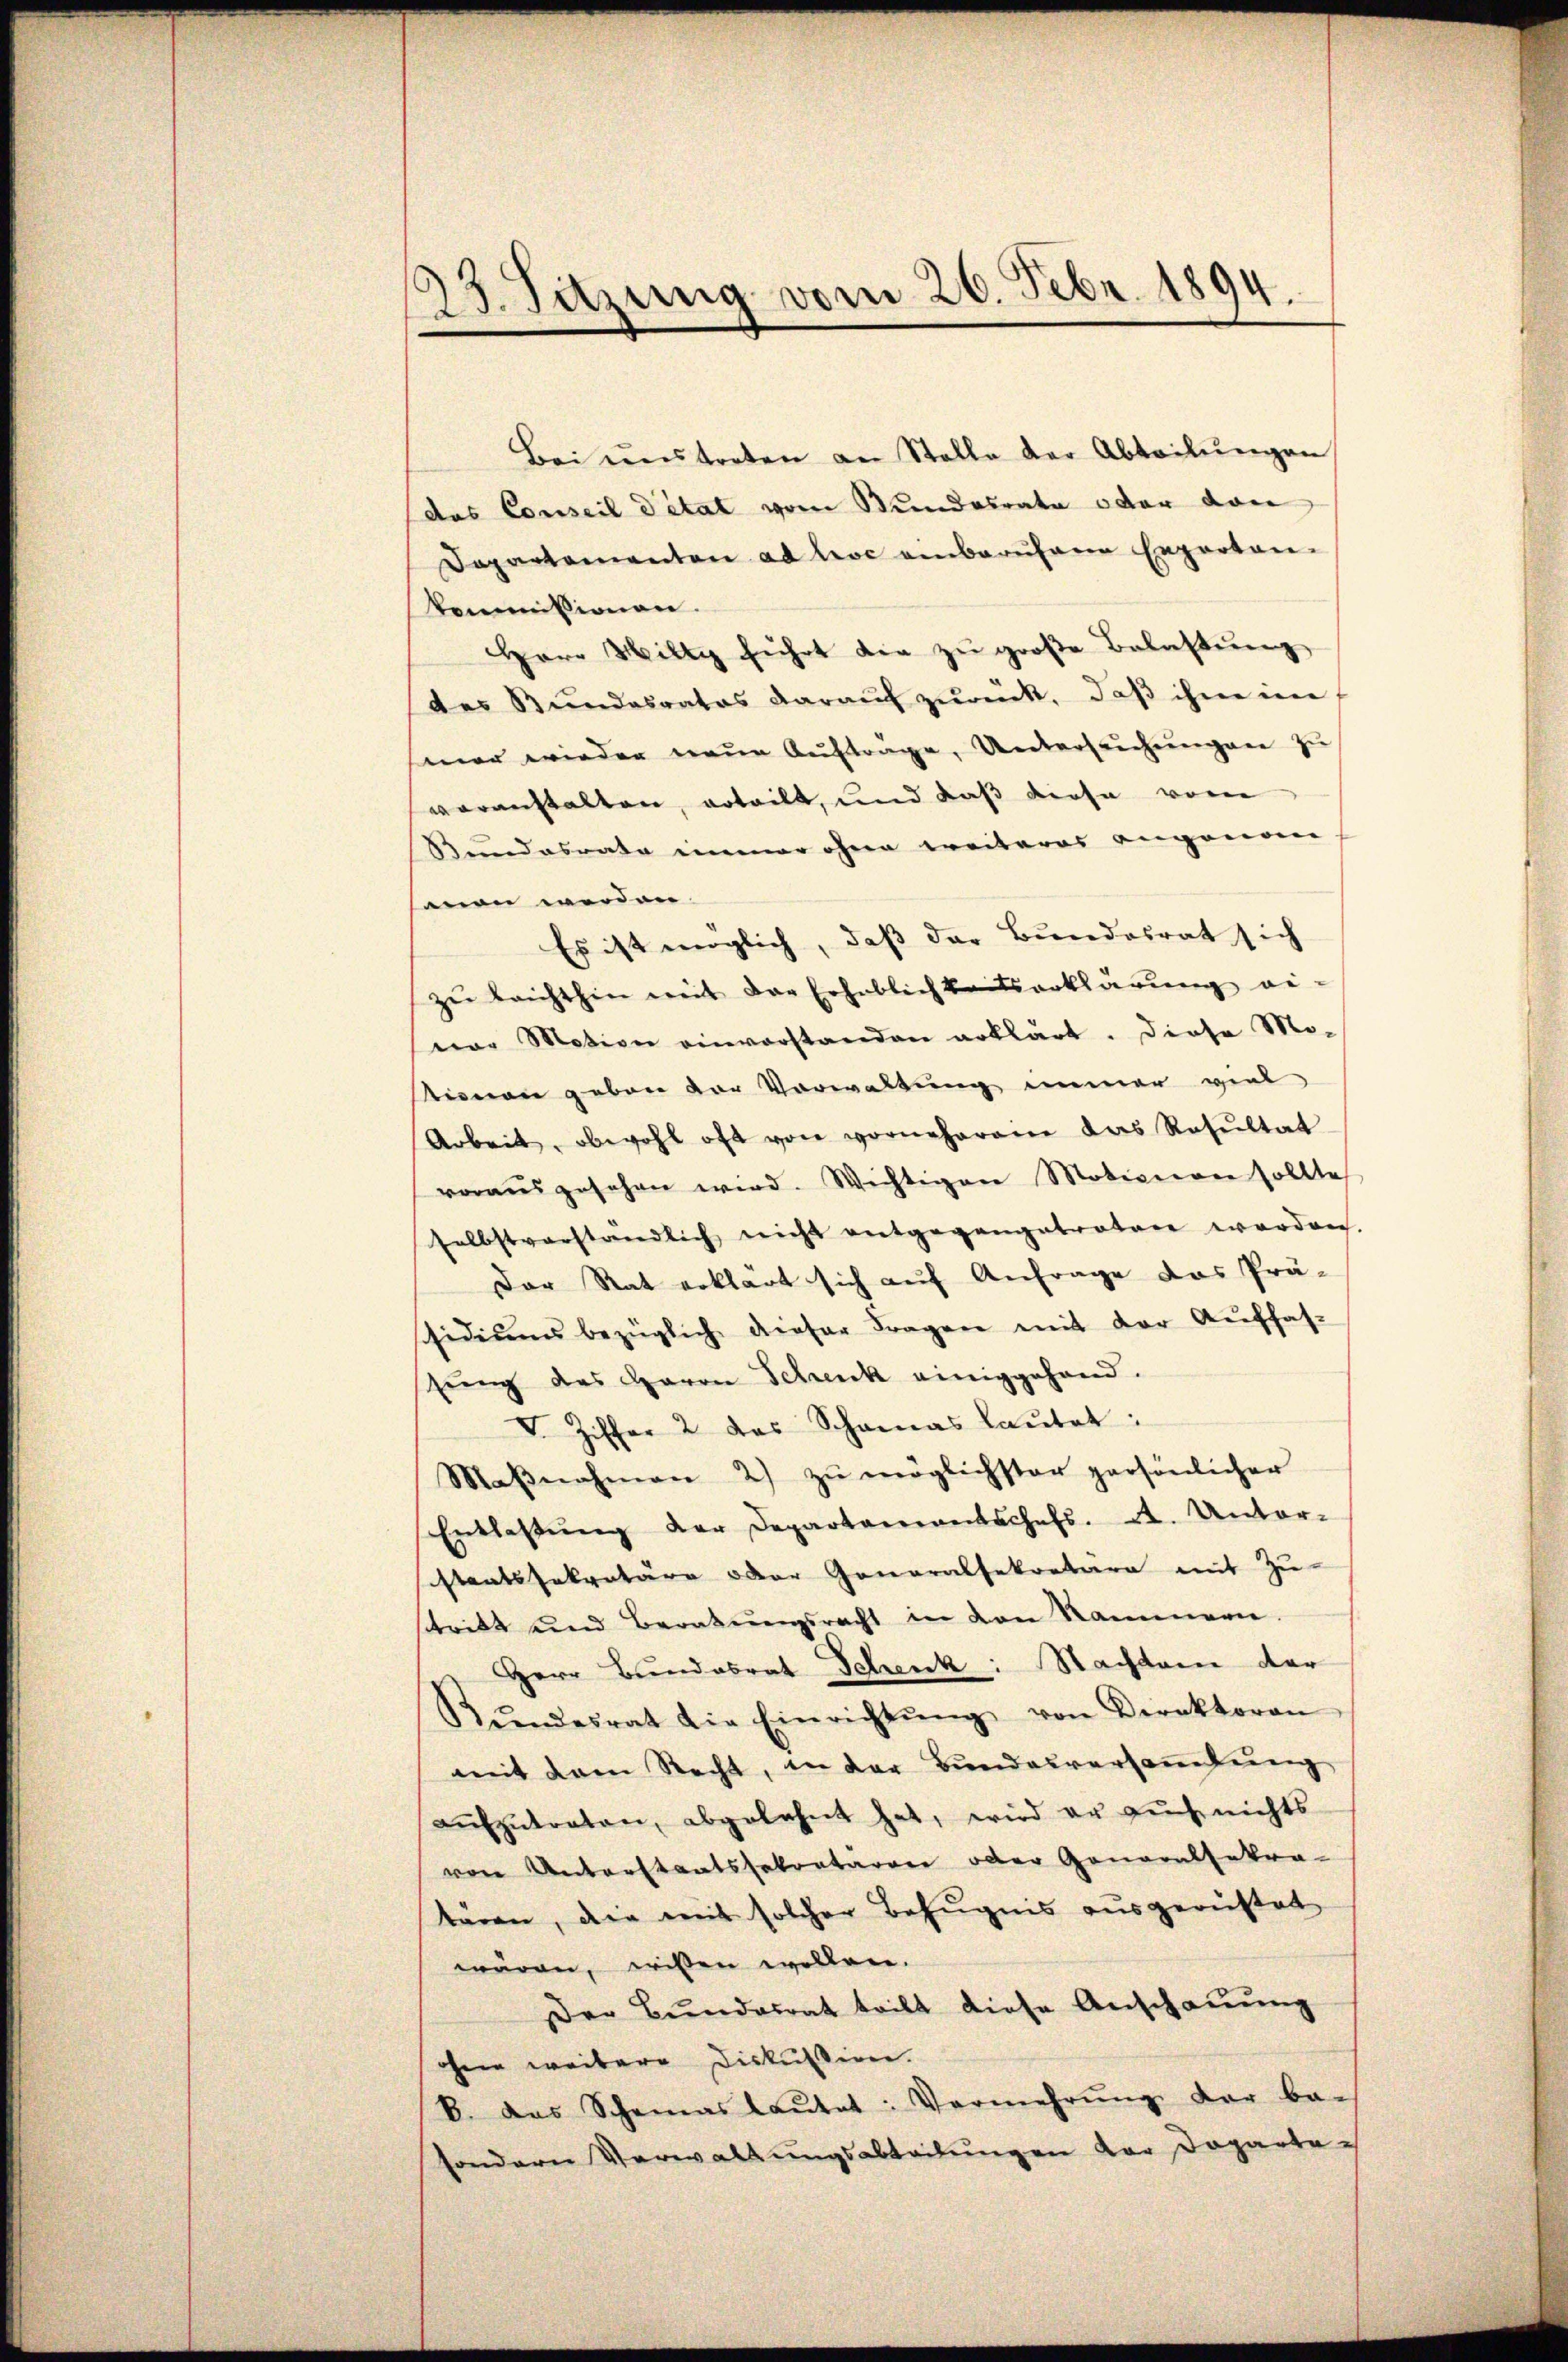
23. Sitzung vom 26. Febr. 1894.

Bei einstreten an Stelle der Abteilŭngen
das Conseil détat vom Bundesrate oder von
Dapartementen ad hoc anberufene Experten-
kommißionen.
Herr Willig führt die zŭ groβe Belastŭng
des Bŭndesrates darauf zurück, daβ ihne im
mar wieder neue Auftrage, Unterleichungen zu
voranstalten, erteilt, und daß diese vom
Bundesrate immer ohne weiteres angenom
mon werden.
Es ist möglich, daß der Bundesrat sich
zu brichthin mit der Erheblichkeitserklärung einer Motion einverstanden erklärt. Diese Mo-
stimmen geben der Vorwaltung immer viel
Arbeit, obwohl oft von vornehmene das Resŭltat
vorausgesehen wird. Wichtigen Motionen sollte
selbstverständlich nicht entgegangetratore worden.
Der Rat erklärt sich auf Anfrage das Prä-
ssidiŭms bezüglich dieser Fragen mit der Auffas-
hrung des Herrn Schenk einiggehend.
V. Ziffer 2 das Schanas laŭtet:
Maβnahmen 2) zŭ möglichster persönlicher
Entlassŭng der Departanerentschefs. A. Unter-
staatssekretäre oder Generalsekretäre mit Zu-
sttritt und Beratŭngsrecht in von Rammern.
Herr Bundesrat Schenk: Nachdem dar
Bŭndesrat die Einrichtŭng von Direktoran
mit dem Recht, in der Bundesversammlung
aŭfzŭtreten, abgelehnt hat, wird er auch nichts
von Unterstantssokratarrer oder Generalsakra-
tären, die mit solcher Befugnis ausgerüstet
wären, wissen wollen.
Der Bundesrat tritt diese Anschauung
ohen weitere Diskussion.
B. Das Schemas laŭtet: Vermehrŭng der be-
sondern Verwaltungsabteilungen der Doparte